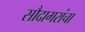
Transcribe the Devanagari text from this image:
सौदागरांचा